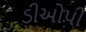
ડીઓપી